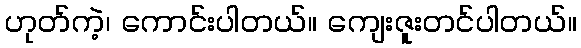
ဟုတ်ကဲ့၊ ကောင်းပါတယ်။ ကျေးဇူးတင်ပါတယ်။